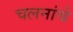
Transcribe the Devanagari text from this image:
चलनांचे